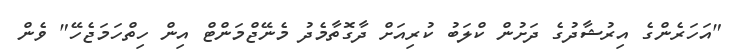
"އަހަރެންގެ އިރުޝާދުގެ ދަަށުން ކްލަބު ކުރިއަށް ދާގޮތާމެދު މެނޭޖްމަންޓް އިން ހިތްހަމަޖެހޭ" ވެން